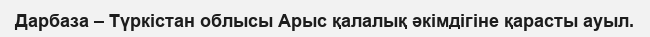
Дарбаза – Түркістан облысы Арыс қалалық әкімдігіне қарасты ауыл.